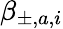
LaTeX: \beta_{\pm,a,i}